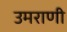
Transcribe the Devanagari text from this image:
उमराणी